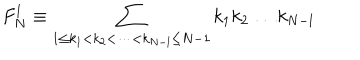
F _ { N } ^ { l } \equiv \sum _ { 1 \leq k _ { 1 } < k _ { 2 } < \dots < k _ { N - l } \leq N - 1 } k _ { 1 } k _ { 2 } \dots k _ { N - l }